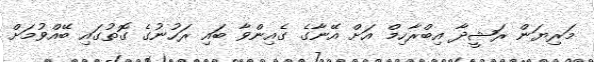
މަރިޔަން ރަޝީދާ އިބްރާހިމް އަށް އޭނާގެ ގެއިންވާ ބައި ރަހުނުގެ ގޮތުގައި ބޭއްވުމަށް